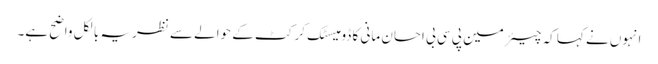
انہوں نے کہا کہ چیئرمین پی سی بی احسان مانی کا ڈومیسٹک کرکٹ کے حوالے سے نظریہ بالکل واضح ہے۔